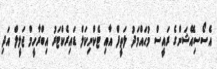
އެސޯސިއޭޝަންގެ ރައީސް މުޙައްމަދު ލަތީފް އާއި ޓެކްނިކަލް ޑައިރެކްޓަރު އިބްރާހީމް ޖަލީލް އަދި